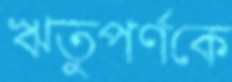
ঋতুপর্ণকে